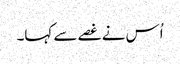
اُس نے غصے سے کہا۔